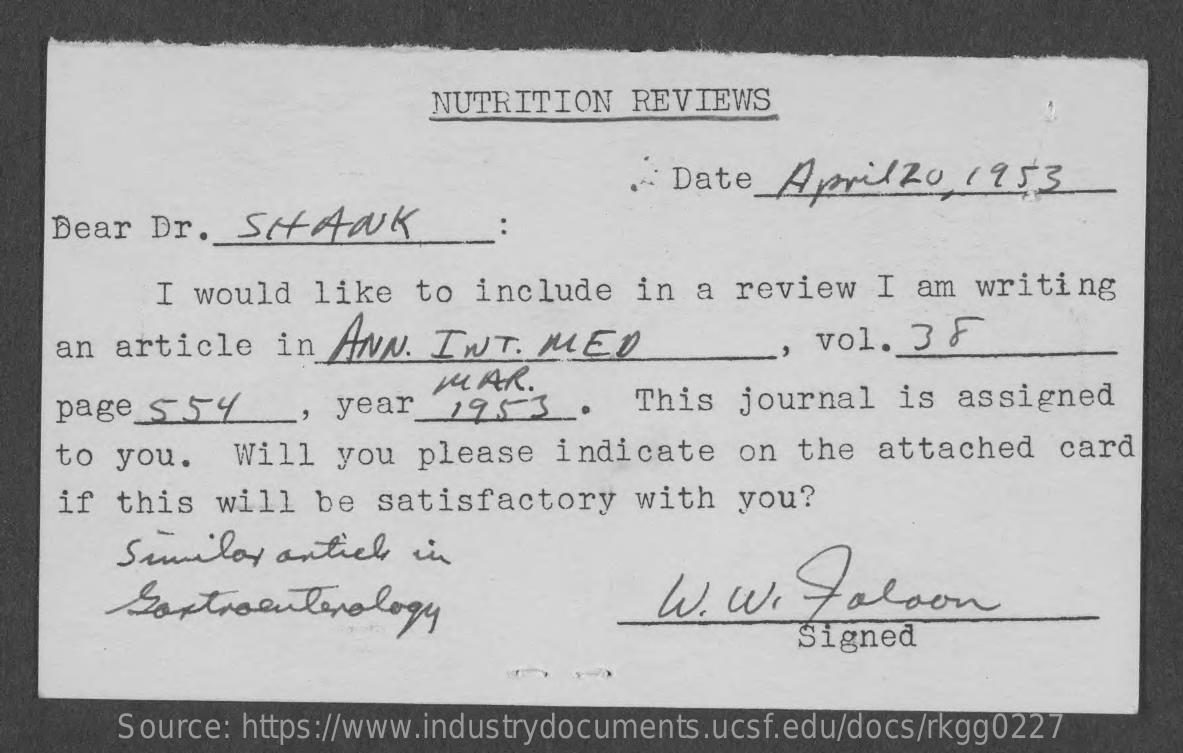
NUTRITION   REVIEWS
     Date   Aprilzo    1 953
    Dear Dr.   Stwk
     I would   like  to  include   in  a review   I am  writing
    an article   in  ANN.  IWT.   MED    , vol.  3 ₣
     MAR   .
    page 554    _,   year_19s    This  journal   is  assigned
    to you.    Will  you  please   indicate   on  the  attached   card
    if this   will  be  satisfactory    with  you?
     Similar  articles in
     W.  W.    falcon
     Signed
     Source: https://www.industrydocuments.ucsf.edu/docs/rkgg0227